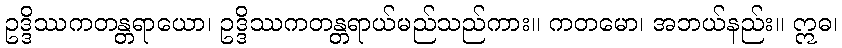
ဥဒ္ဒိဿကတန္တရာယော၊ ဥဒ္ဒိဿကတန္တရာယ်မည်သည်ကား။ ကတမော၊ အဘယ်နည်း။ ဣဓ၊